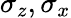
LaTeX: \sigma_{z},\sigma_{x}